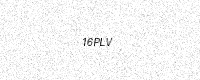
Text: 16PLV